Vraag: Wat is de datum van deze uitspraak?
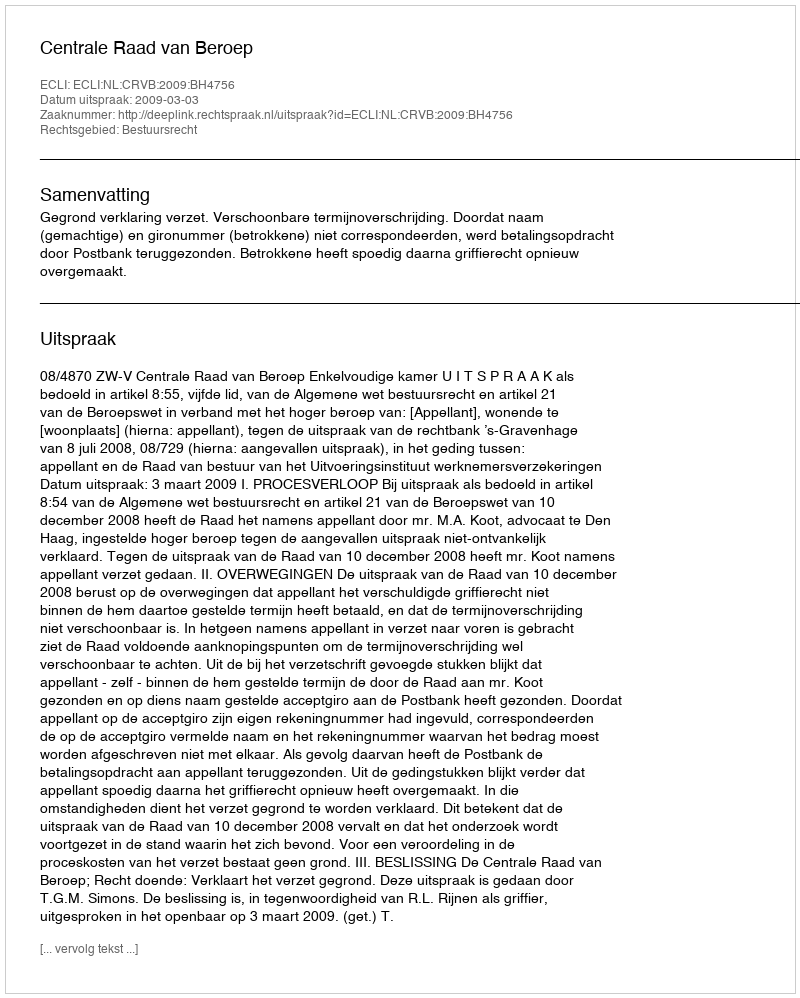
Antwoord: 2009-03-03